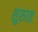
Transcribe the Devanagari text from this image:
शुरुात